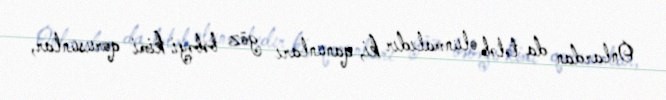
Onlardan da tələb olunmalıdır ki, qanunları göz bəbəyi kimi qorusunlar,